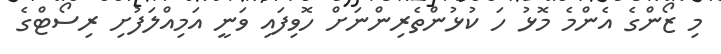
މި ޒޯންގެ އެންމެ މޮޅު ހަ ކުޅުންތެރިންނަށް ހޮވިފައި ވަނީ އަމިއްލަފުށި ރިސޯޓްގެ